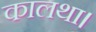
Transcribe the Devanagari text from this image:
कालथा।